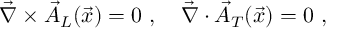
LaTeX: { { \vec { \nabla } } } \times { \vec { A } } _ { L } ( { \vec { x } } ) = 0 ~ , \quad { { \vec { \nabla } } } \cdot { \vec { A } } _ { T } ( { \vec { x } } ) = 0 ~ ,